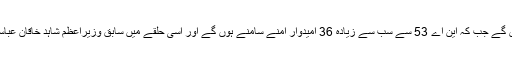
قومی اسمبلی کے 3 حلقوں پر 76 امیدوار میدان میں ہوں گے جب کہ این اے 53 سے سب سے زیادہ 36 امیدوار آمنے سامنے ہوں گے اور اسی حلقے میں سابق وزیراعظم شاہد خاقان عباسی اور چیئرمین پی ٹی آئی عمران خان مدمقابل ہوں گے۔